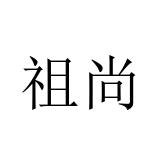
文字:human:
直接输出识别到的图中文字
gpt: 祖尚